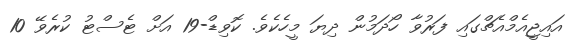
އައިޖީއެމްއެޗްގައި ފަރުވާ ހޯދަމުން ދިޔަ މީހެކެވެ. ކޮވިޑް-19 އަށް ޓެސްޓު ކުރެވޭ 10